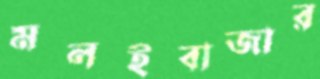
মলইবাজার